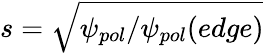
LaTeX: s=\sqrt{\psi_{pol}/\psi_{pol}(edge)}